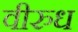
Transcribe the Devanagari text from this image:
वीरुध